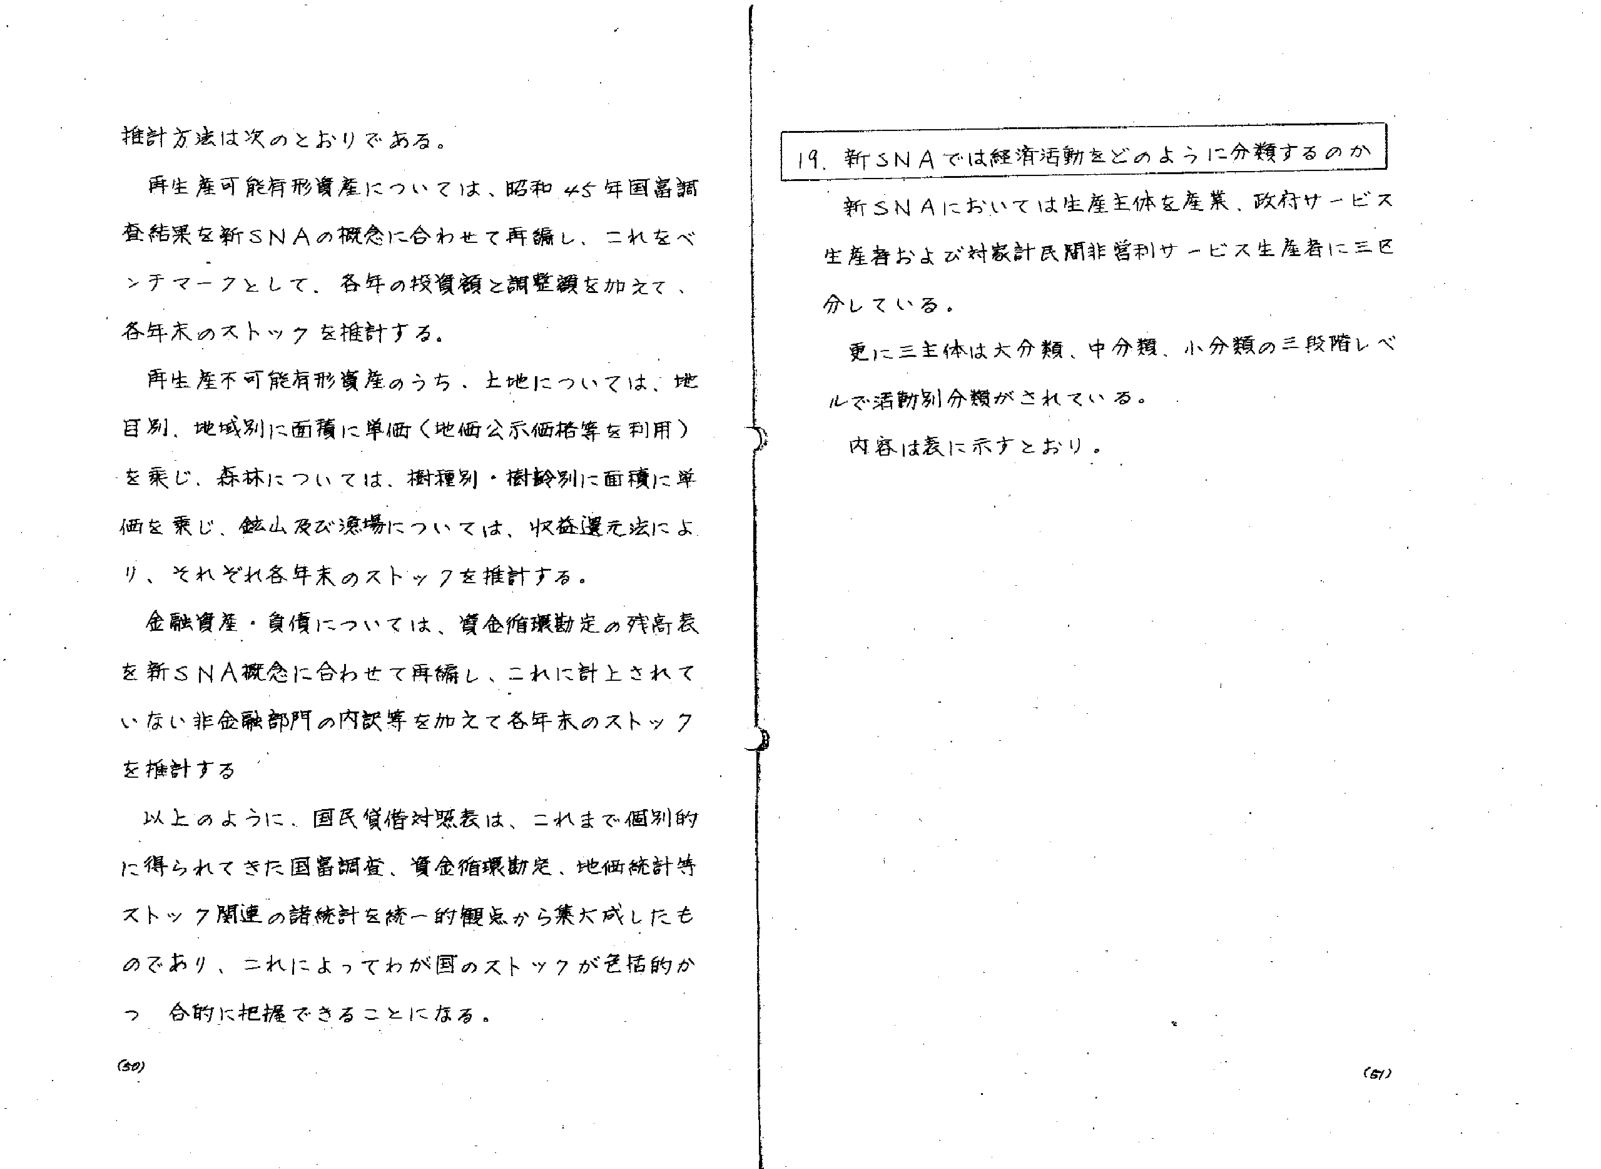
推計方法は次のとおりである。

再生産可能有形資産については、昭和45年国富調査結果を新SNAの概念に合わせて再編し、これをベンチマークとして、各年の投資額と調整額を加えて、各年末のストックを推計する。

再生産不可能有形資産のうち、土地については、地目別、地域別に面積に単価（地価公示価格等を利用）を乗じ、森林については、樹種別・樹齢別に面積に単価を乗じ、鉱山及び漁場については、収益還元法により、それぞれ各年末のストックを推計する。

金融資産・負債については、資金循環勘定の残高表を新SNA概念に合わせて再編し、これに計上されていない非金融部門の内訳等を加えて各年末のストックを推計する。

以上のように、国民貸借対照表は、これまで個別的に得られてきた国富調査、資金循環勘定、地価統計等ストック関連の諸統計を統一的観点から集大成したものであり、これによってわが国のストックが包括的かつ合的に把握できることになる。

(50)

19. 新SNAでは経済活動をどのように分類するのか

新SNAにおいては生産主体を産業、政府サービス生産者および対家計民間非営利サービス生産者に三区分している。

更に三主体は大分類、中分類、小分類の三段階レベルで活動別分類がされている。

内容は表に示すとおり。

(51)